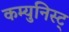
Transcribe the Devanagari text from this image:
कम्युनिस्ट्